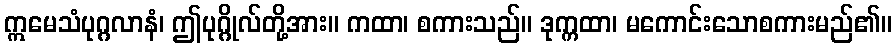
ဣမေသံပုဂ္ဂလာနံ၊ ဤပုဂ္ဂိုလ်တို့အား။ ကထာ၊ စကားသည်။ ဒုက္ကထာ၊ မကောင်းသောစကားမည်၏။